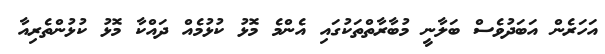
އަހަރެން އަބަދުވެސް ބަލާނީ މުބާރާތްތަކުގައި އެންމެ މޮޅު ކުޅުމެއް ދައްކާ މޮޅު ކުޅުންތެރިއާ